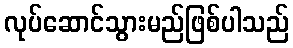
လုပ်ဆောင်သွားမည်ဖြစ်ပါသည်